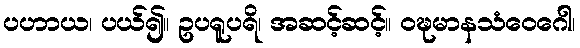
ပဟာယ၊ ပယ်၍။ ဥပရူပရိ၊ အဆင့်ဆင့်။ ဝဍ္ဎမာနသံဝေဂေါ၊